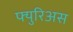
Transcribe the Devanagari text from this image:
फ्युरिअस